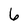
Character: 6